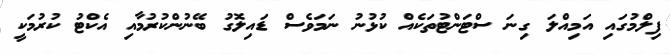
ފިލްމުގައި އަމިއްލަ ގިނަ ސްޓަންޓުތަކެއް ކުޅުނު ނަމަވެސް ޑައިލޮގު ބޭނުންކުރުމާއި އެކްޓު ކުރުމަކީ